Civil Veterinary Department Bihar & Orissa reports 1911-21 - 1911-1921
Year: 1911
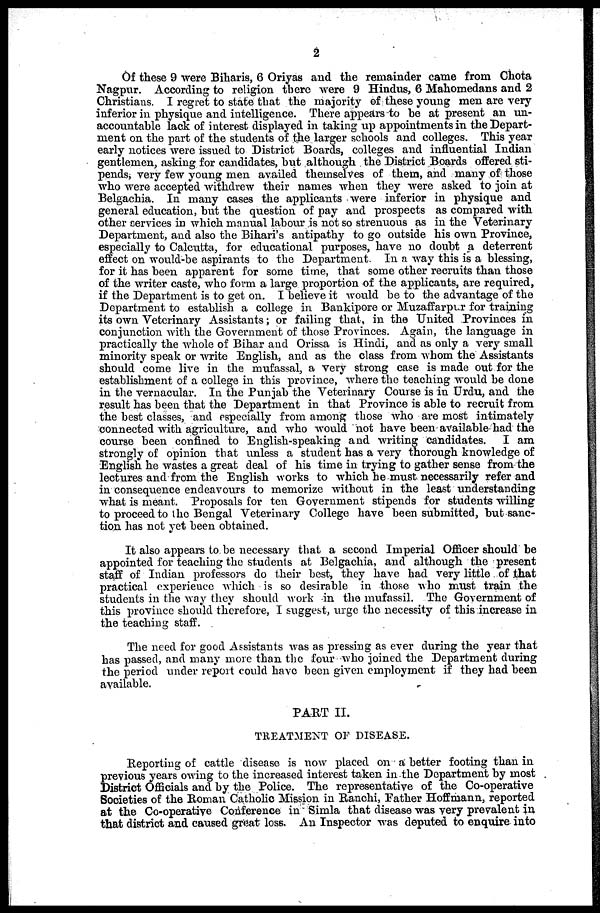
2
Of these 9 were Biharis, 6 Oriyas and the remainder came from Chota
Nagpur. According to religion there were 9 Hindus, 6 Mahomedans and 2
Christians. I regret to state that the majority of these young men are very
inferior in physique and intelligence. There appears to he at present an un-
accountable lack of interest displayed in taking up appointments in the Depart-
ment on the part of the students of the larger schools and colleges. This year
early notices were issued to District Boards, colleges and influential Indian
gentlemen, asking for candidates, hut although the District Boards offered sti-
pends, very few young men availed themselves of them, and many of those
who were accepted withdrew their names when they were asked to join at
Belgachia. In many cases the applicants were inferior in physique and
general education, hut the question of pay and prospects as compared with
other cervices in which manual labour is not so strenuous as in the Veterinary
Department, and also the Bihari's antipathy to go outside his own Province,
especially to Calcutta, for educational purposes, have no doubt a deterrent
effect on would-be aspirants to the Department. In a way this is a blessing,
for it has been apparent for some time, that some other recruits than those
of the writer caste, who form a large proportion of the applicants, are required,
if the Department is to get on. I believe it would be to the advantage of the
Department to establish a college in Bankipore or Muzaffarpur for training
its own Veterinary Assistants; or failing that, in the United Provinces in
conjunction with the Government of those Provinces. Again, the language in
practically the whole of Bihar and Orissa is Hindi, and as only a very small
minority speak or write English, and as the class from whom the Assistants
should come live in the mufassal, a very strong case is made out for the
establishment of a college in this province, where the teaching would be done
in the vernacular. In the Punjab the Veterinary Course is in Urdu, and the
result has been that the Department in that Province is able to recruit from
the best classes, and especially from among those who are most intimately
connected with agriculture, and who would hot have been available had the
course been confined to English-speaking and writing candidates. I am
strongly of opinion that unless a student has a very thorough knowledge of
English he wastes a great deal of his time in trying to gather sense from the
lectures and from the English works to which he must necessarily refer and
in consequence endeavours to memorize without in the least understanding
what is meant. Proposals for ten Government stipends for students willing
to proceed to the Bengal Veterinary College have been submitted, but sanc-
tion has not yet been obtained.
It also appears to be necessary that a second Imperial Officer should be
appointed for teaching the students at Belgachia, and although the present
staff of Indian professors do their best, they have had very little of that
practical experience which is so desirable in those who must train the
students in the way they should work in the mufassil. The Government of
this province should therefore, I suggest, urge the necessity of this increase in
the teaching staff.
The need for good Assistants was as pressing as ever during the year that
has passed, and many more than the four who joined the Department during
the period under report could have been given employment if they had been
available.
PART II.
TREATMENT OF DISEASE.
Reporting of cattle disease is now placed on a better footing than in
previous years owing to the increased interest taken in the Department by most
District Officials and by the Police. The representative of the Co-operative
Societies of the Roman Catholic Mission in Ranchi, Father Hoffmann, reported
at the Co-operative Conference in Simla that disease was very prevalent in
that district and caused great loss. An Inspector was deputed to enquire into